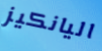
اليانكيز